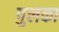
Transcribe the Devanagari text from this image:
पुलका